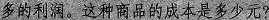
多的利润。这种商品的成本是多少元？